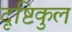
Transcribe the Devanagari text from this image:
दृष्टिकुल